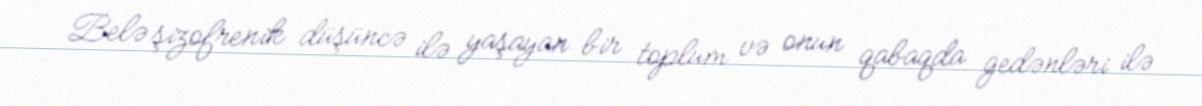
Belə şizofrenik düşüncə ilə yaşayan bir toplum və onun qabaqda gedənləri ilə